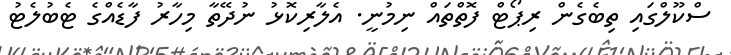
ސްކޫލްގައި ތިބެގެން ރިޕޯޓް ފޮތްތައް ނިމުނީ. އެލާރިކޮޅު ނުދޭތާ މިހާރު ފާޑެއްގެ ޓެބުލެޓު